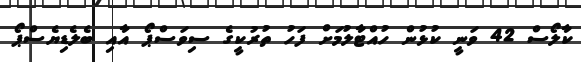
ކާލޯސް 42 ވަނީ ކުޅުން ހުއްޓާލުމަށް ފަހު ތުރުކީގެ ސިވަސްޕޯ އާއި ބެލެޑިޔެސްޕޯ